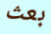
بعث